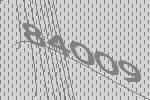
84009